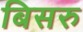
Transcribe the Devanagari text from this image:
बिसरु